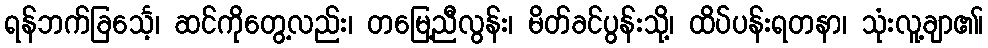
ရန်ဘက်ခြင်္သေ့၊ ဆင်ကိုတွေ့လည်း၊ တမြေ့ညီလွန်း၊ မိတ်ခင်ပွန်းသို့၊ ထိပ်ပန်းရတနာ၊ သုံးလူ့ချာ၏၊